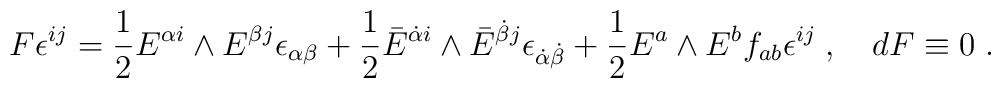
F \epsilon^{ij} = {1\over 2} E^{{\alpha}i} \wedge E^{{\beta}j} \epsilon_{{\alpha}{\beta}}+{1\over 2} \bar{E}^{\dot{\alpha}i} \wedge \bar{E}^{\dot{\beta}j} \epsilon_{\dot{\alpha}\dot{\beta}}+ {1\over 2} E^a \wedge E^b f_{ab} \epsilon^{ij} \; , \quad dF\equiv 0 \; .